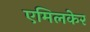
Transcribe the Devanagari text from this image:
एमिलकेर